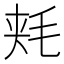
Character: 𱥠